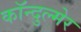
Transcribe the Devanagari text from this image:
कॉन्दुल्मेर